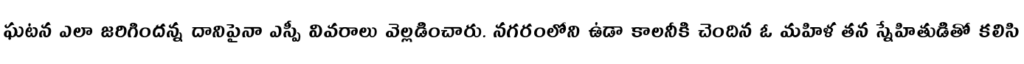
ఘటన ఎలా జరిగిందన్న దానిపైనా ఎస్పీ వివరాలు వెల్లడించారు. నగరంలోని ఉడా కాలనీకి చెందిన ఓ మహిళ తన స్నేహితుడితో కలిసి